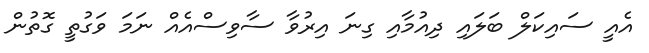
އެއީ ސައިކަލް ބަލައި ދިއުމާއި ގިނަ އިރުވާ ސާވިސްއެއް ނަމަ ވަގުތީ ގޮތުން